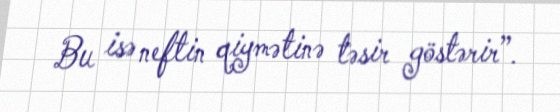
Bu isə neftin qiymətinə təsir göstərir”.